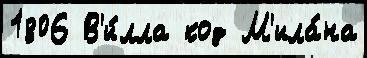
1806 В'и́лла код М'ила́на